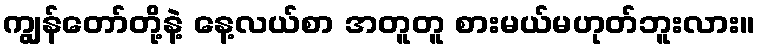
ကျွန်တော်တို့နဲ့ နေ့လယ်စာ အတူတူ စားမယ်မဟုတ်ဘူးလား။